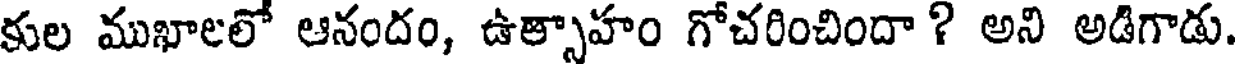
కుల ముఖాలలో ఆనందం, ఉత్సాహం గోచరించిందా ? అని అడిగాడు.